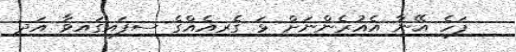
ފަހެ އޭނާ އެއުރެންނަށް ޅަ ގެރިއެއްގެ ސިފައިގައިވާ އަދި